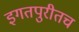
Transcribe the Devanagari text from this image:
इगतपुरीतच